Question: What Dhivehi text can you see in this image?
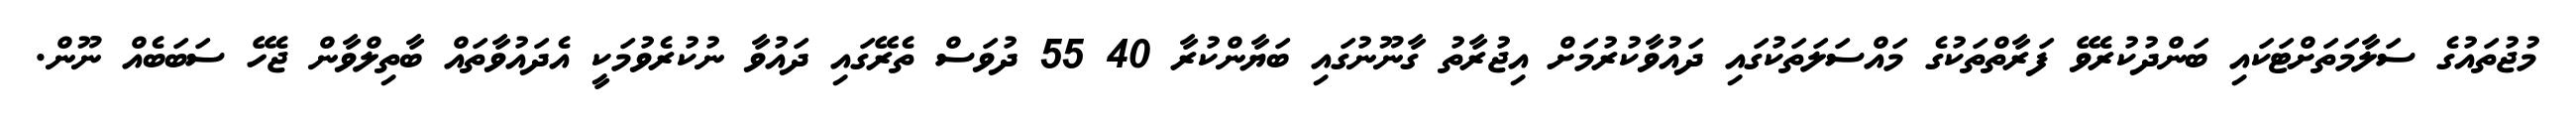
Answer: މުޖުތައުގެ ސަލާމަތަށްޓަކައި ބަންދުކުރެވޭ ފަރާތްތަކުގެ މައްސަލަތަކުގައި ދައުވާކުރުމަށް އިޖުރާތު ގާނޫނުގައި ބަޔާންކުރާ 40 55 ދުވަސް ތެރޭގައި ދައުވާ ނުކުރެވުމަކީ އެދައުވާތައް ބާތިލްވާން ޖެހޭ ސަބަބެއް ނޫން.